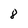
Character: 8